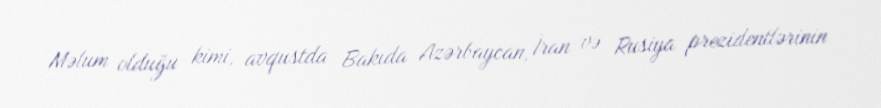
Məlum olduğu kimi, avqustda Bakıda Azərbaycan, İran və Rusiya prezidentlərinin